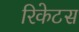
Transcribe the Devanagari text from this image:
रिकेटस